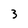
Character: 3